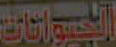
الحيوانات